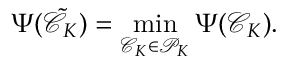
\Psi ( \tilde { \mathcal { C } } _ { K } ) = \operatorname* { m i n } _ { \mathcal { C } _ { K } \in \mathcal { P } _ { K } } \Psi ( \mathcal { C } _ { K } ) .